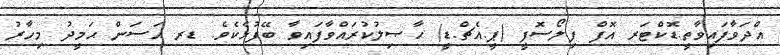
އްދަވާފައިވާތީ.ޑޮކްޓަރ އޮފް ފިލޯސޮފީ (ޕީ.އެޗް.ޑީ) ޙާޞިލުކުރައްވާފައިވާ ބޭފުޅެކެވެ. ޑރ ޙަސަން ޙަމީދު މިހާރު